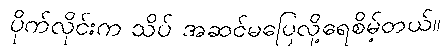
ပိုက်လိုင်းက သိပ် အဆင်မပြေလို့ရေစိမ့်တယ်။